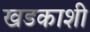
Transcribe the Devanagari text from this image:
खडकाशी